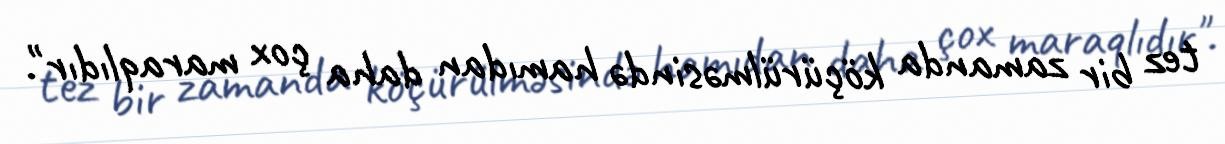
tez bir zamanda köçürülməsində hamıdan daha çox maraqlıdır".